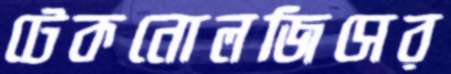
টেকনোলজিসের